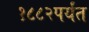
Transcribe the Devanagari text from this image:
१८८२पर्यंत